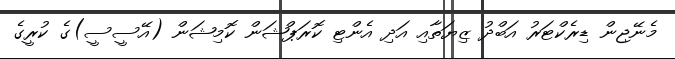
މެނޭޖިން ޑިރެކްޓަރު އަބްދު ޒިޔަތާއި އަދި އެންޓި ކޮރަޕްޝަން ކޮމިޝަން (އޭސީސީ)ގެ ކުރީގެ